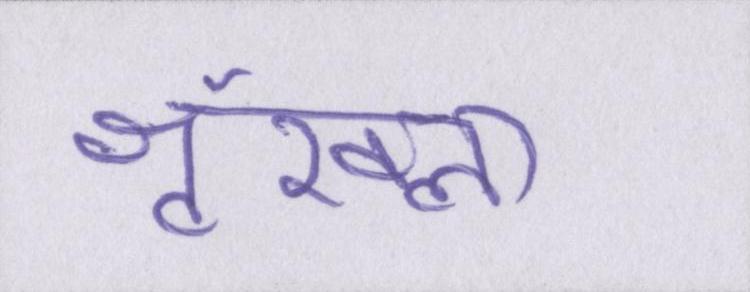
श्रृंखला